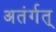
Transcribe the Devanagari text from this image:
अतंर्गत्